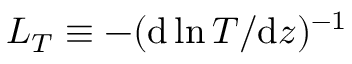
L _ { T } \equiv - ( \mathrm { d } \ln { T } / \mathrm { d } z ) ^ { - 1 }